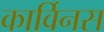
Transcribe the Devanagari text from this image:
कार्विनस